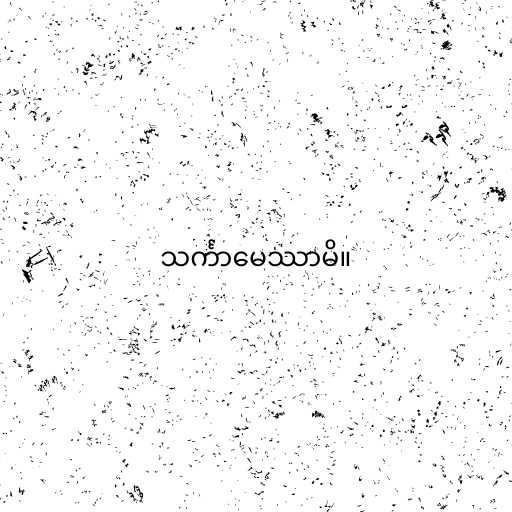
သင်္ကာမေဿာမိ။